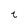
Character: t